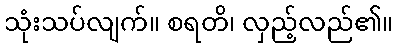
သုံးသပ်လျက်။ စရတိ၊ လှည့်လည်၏။